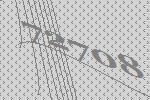
72708